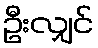
ဦးလျှင်